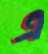
এ